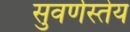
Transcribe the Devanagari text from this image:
सुवर्णस्तेय